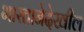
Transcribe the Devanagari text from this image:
भारतानेदेखील